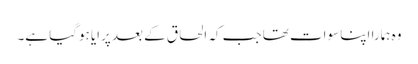
وہ ہمارا اپنا سوات تھا جب کہ الحاق کے بعد پرایا ہوگیا ہے۔